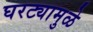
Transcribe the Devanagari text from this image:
घरट्यामुळे